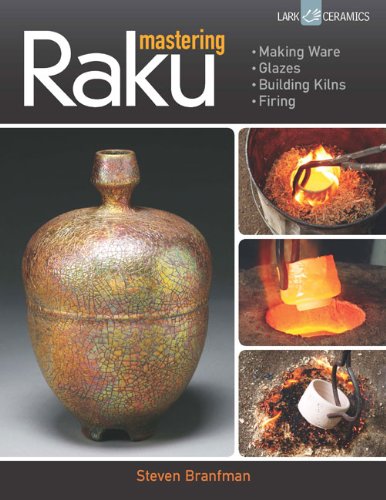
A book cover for Mastering Raku: Making Ware * Glazes * Building Kilns * Firing (A Lark Ceramics Book); Steven Branfman; Crafts, Hobbies & Home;